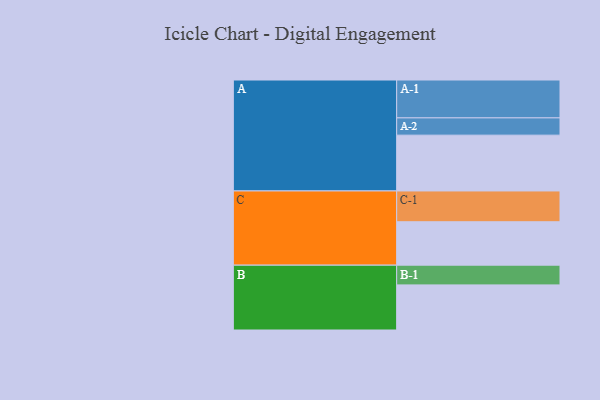
{"axis": {"x": "Segment", "y": "Value"}, "legend": ["", "A", "B", "C"], "data": [{"x": "A", "y": 433, "type": ""}, {"x": "B", "y": 350, "type": ""}, {"x": "C", "y": 337, "type": ""}, {"x": "A-1", "y": 294, "type": "A"}, {"x": "A-2", "y": 134, "type": "A"}, {"x": "B-1", "y": 153, "type": "B"}, {"x": "C-1", "y": 239, "type": "C"}]}